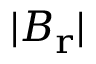
| \boldsymbol { B _ { \mathrm { r } } } |